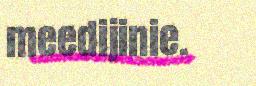
meedijinie.